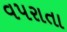
વપરાતા